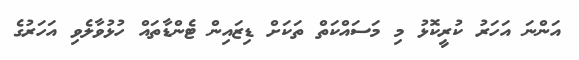
އަންނަ އަހަރު ކުރީކޮޅު މި މަސައްކަތް ތަކަށް ޑިޒައިން ޓެންޑާތައް ހުޅުވާލެވި އަހަރުގެ